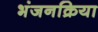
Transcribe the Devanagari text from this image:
भंजनक्रिया